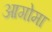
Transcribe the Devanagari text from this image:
आगोमा